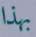
بهذا